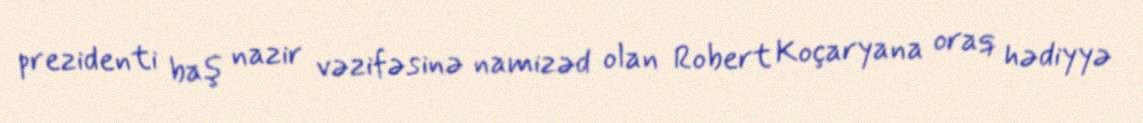
prezidenti baş nazir vəzifəsinə namizəd olan Robert Koçaryana oraq hədiyyə